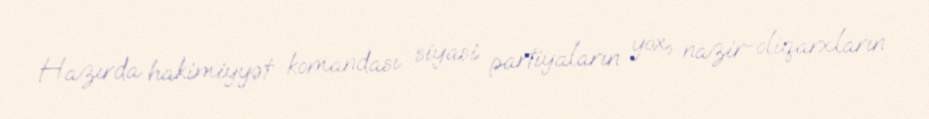
Hazırda hakimiyyət komandası siyasi partiyaların yox, nazir-oliqarxların